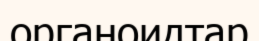
органоидтар